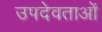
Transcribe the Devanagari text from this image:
उपदेवताओं